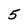
Character: 5